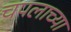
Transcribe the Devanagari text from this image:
चपलाच्या